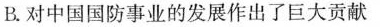
B.对中国国防事业的发展作出了巨大贡献